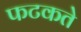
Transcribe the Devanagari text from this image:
फटकते